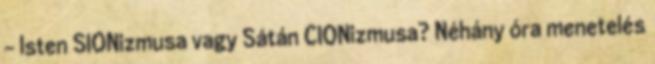
- Isten SIONizmusa vagy Sátán CIONizmusa? Néhány óra menetelés